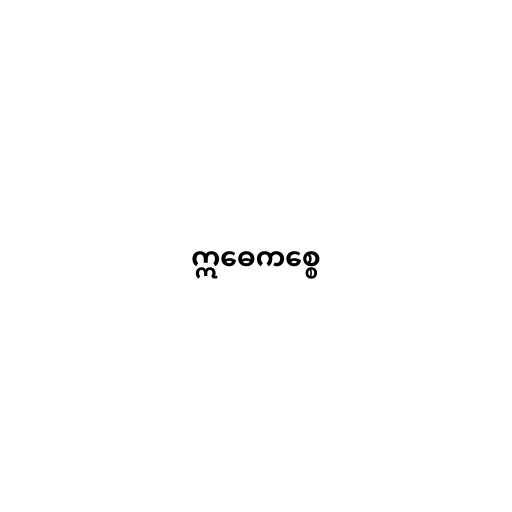
ဣဓေကစ္စေ